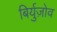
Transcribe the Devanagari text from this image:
बिर्युज़ोव